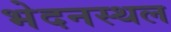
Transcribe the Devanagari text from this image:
भेदनस्थल